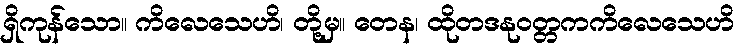
ရှိကုန်သော။ ကိလေသေဟိ၊ တို့မှ။ တေန၊ ထိုတဒနုဝတ္တကကိလေသေဟိ